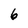
Character: 6